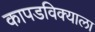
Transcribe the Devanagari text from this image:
कापडविक्याला